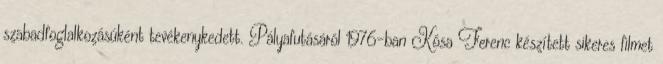
szabadfoglalkozásúként tevékenykedett. Pályafutásáról 1976-ban Kósa Ferenc készített sikeres filmet